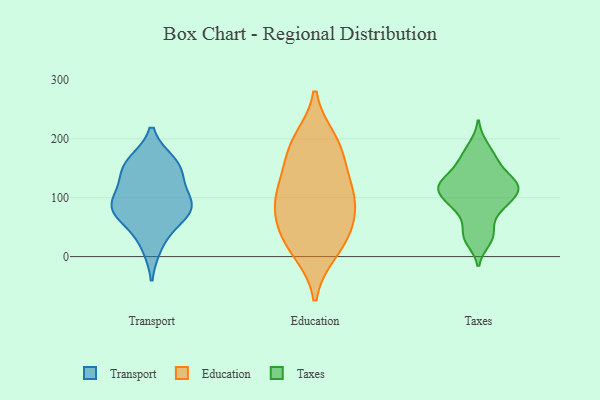
{"axis": {"x": "Net Income (USD K)", "y": "Value"}, "legend": ["Education", "Taxes", "Transport"], "data": [{"x": "", "y": 145, "type": "Transport"}, {"x": "", "y": 138, "type": "Transport"}, {"x": "", "y": 82, "type": "Transport"}, {"x": "", "y": 160, "type": "Transport"}, {"x": "", "y": 18, "type": "Transport"}, {"x": "", "y": 98, "type": "Transport"}, {"x": "", "y": 83, "type": "Transport"}, {"x": "", "y": 159, "type": "Transport"}, {"x": "", "y": 77, "type": "Transport"}, {"x": "", "y": 59, "type": "Transport"}, {"x": "", "y": 93, "type": "Transport"}, {"x": "", "y": 196, "type": "Education"}, {"x": "", "y": 10, "type": "Education"}, {"x": "", "y": 51, "type": "Education"}, {"x": "", "y": 21, "type": "Education"}, {"x": "", "y": 52, "type": "Education"}, {"x": "", "y": 116, "type": "Education"}, {"x": "", "y": 178, "type": "Education"}, {"x": "", "y": 181, "type": "Education"}, {"x": "", "y": 85, "type": "Education"}, {"x": "", "y": 110, "type": "Education"}, {"x": "", "y": 107, "type": "Education"}, {"x": "", "y": 86, "type": "Taxes"}, {"x": "", "y": 145, "type": "Taxes"}, {"x": "", "y": 123, "type": "Taxes"}, {"x": "", "y": 34, "type": "Taxes"}, {"x": "", "y": 116, "type": "Taxes"}, {"x": "", "y": 189, "type": "Taxes"}, {"x": "", "y": 115, "type": "Taxes"}, {"x": "", "y": 163, "type": "Taxes"}, {"x": "", "y": 88, "type": "Taxes"}, {"x": "", "y": 124, "type": "Taxes"}, {"x": "", "y": 46, "type": "Taxes"}, {"x": "", "y": 116, "type": "Taxes"}, {"x": "", "y": 166, "type": "Taxes"}, {"x": "", "y": 102, "type": "Taxes"}, {"x": "", "y": 27, "type": "Taxes"}, {"x": "", "y": 128, "type": "Taxes"}, {"x": "", "y": 80, "type": "Taxes"}]}